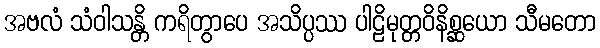
အဗလံ သံဝါသန္တိ ကရိတွာပေ အသိပ္ပဿ ပါဠိမုတ္တဝိနိစ္ဆယော သီမတော